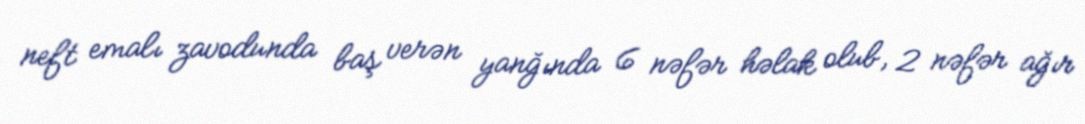
neft emalı zavodunda baş verən yanğında 6 nəfər həlak olub, 2 nəfər ağır